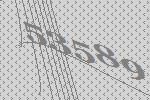
53589